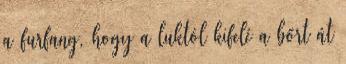
a furfang, hogy a luktól kifelé a bőrt át